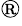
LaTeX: ^{®}